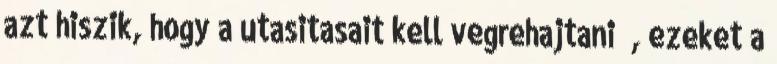
azt hiszik, hogy a utasitasait kell vegrehajtani , ezeket a